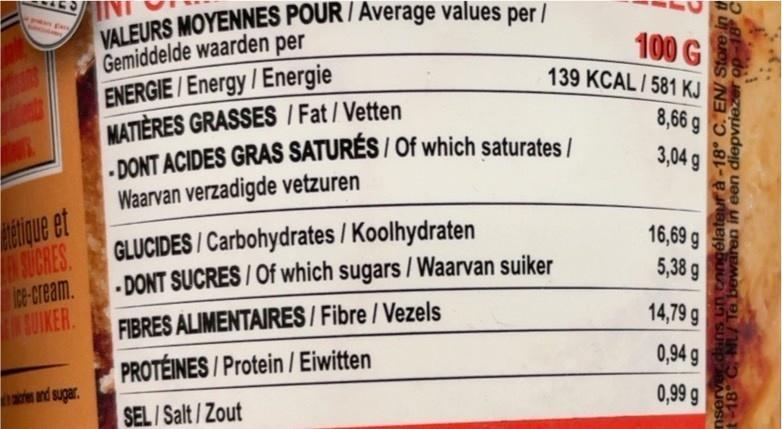
pan gay
ététique et
EN SUCRES
ice-cream.
IN SUIKER
aries and sugar.
VALEURS MOYENNES POUR / Average values per /
Gemiddelde waarden per
ENERGIE/Energy/Energie
139 KCAL/581 KJ
MATIÈRES GRASSES/Fat/Vetten -DONT ACIDES GRAS SATURÉS/Of which saturates /
Waarvan verzadigde vetzuren
100 G
GLUCIDES/Carbohydrates / Koolhydraten
DONT SUCRES/Of which sugars/ Waarvan suiker
FIBRES ALIMENTAIRES/Fibre / Vezels
PROTÉINES/Protein / Eiwitten
SEL/Salt/Zout
8,66
3,04 g
16,69 g
5,38
g
14,79
0,94
g
g
g
0,99 g
Sto
congélateur à -18° C. EN/ Store
t-18° C NL/ Te bewaren in een diepvriezer opun
nserver dans